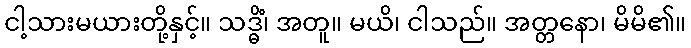
ငါ့သားမယားတို့နှင့်။ သဒ္ဓိံ၊ အတူ။ မယိ၊ ငါသည်။ အတ္တနော၊ မိမိ၏။